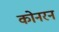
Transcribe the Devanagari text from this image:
कोनरन